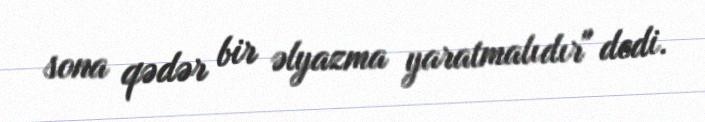
sona qədər bir əlyazma yaratmalıdır" dedi.